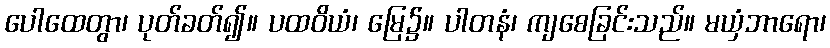
ပေါထေတွာ၊ ပုတ်ခတ်၍။ ပထဝိယံ၊ မြေ၌။ ပါတနံ၊ ကျစေခြင်းသည်။ မယှံဘာရော၊